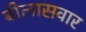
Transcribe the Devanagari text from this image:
बीलासवार